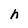
Character: h